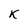
Character: K